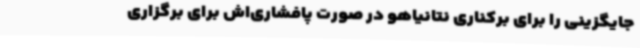
جایگزینی را برای برکناری نتانیاهو در صورت پافشاری‌اش برای برگزاری